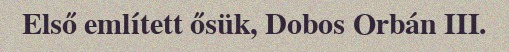
Első említett ősük, Dobos Orbán III.